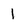
Character: 1